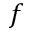
f